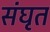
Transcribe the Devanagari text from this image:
संघृत